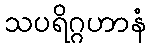
သပရိဂ္ဂဟာနံ